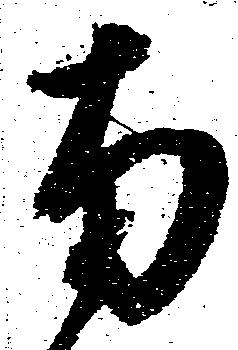
南